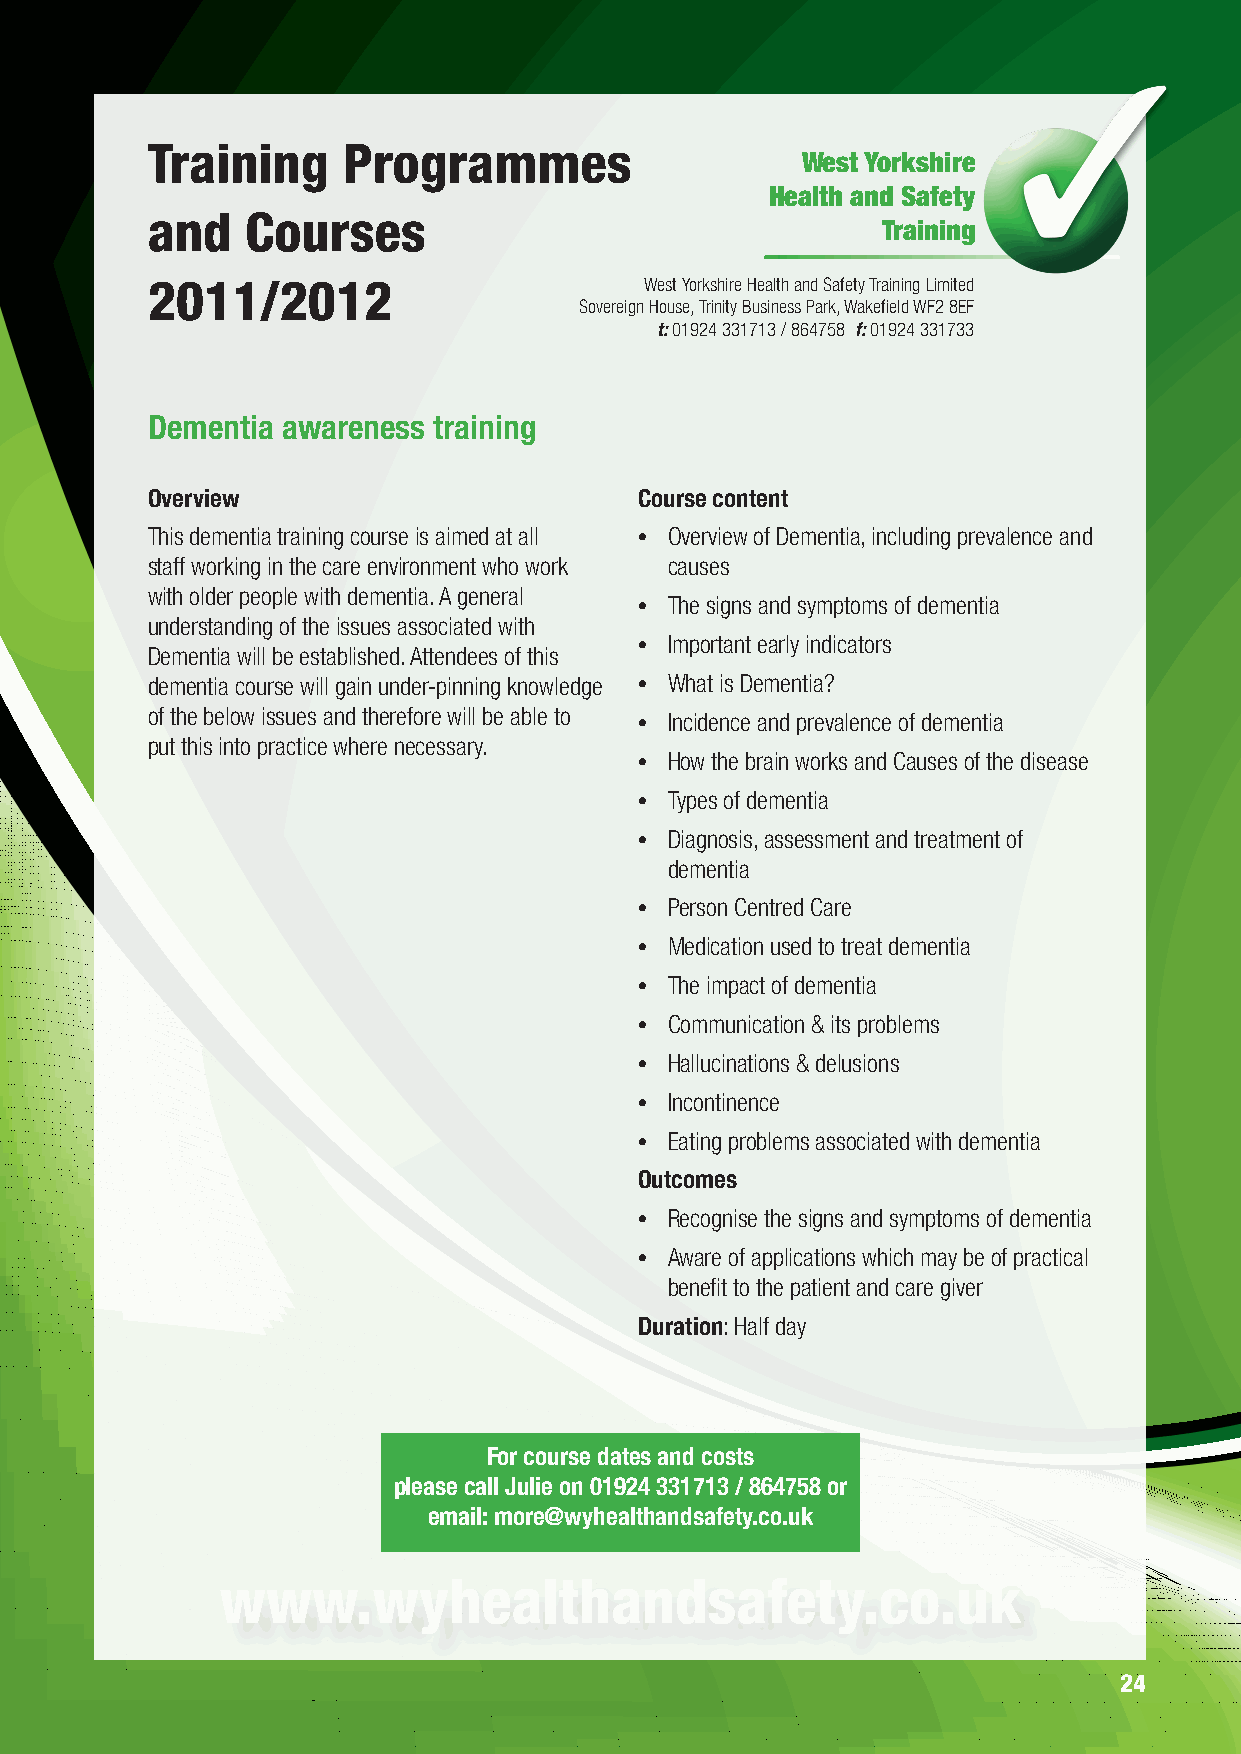
Training     Programmes
 West Yorkshire
 Health and Safety
 and   Courses
 Training
 2011/2012                        West Yorkshire Health and Safety Training Limited
 Sovereign House, Trinity Business Park, Wakefield WF2 8EF
 t: 01924 331713 / 864758 f: 01924 331733
 Dementia awareness training
 Overview                        Course content
 This dementia training course is aimed at all • Overview of Dementia, including prevalence and
 staff working in the care environment who work causes
 with older people with dementia. A general
 • The signs and symptoms of dementia
 understanding of the issues associated with
 • Important early indicators
 Dementia will be established. Attendees of this
 dementia course will gain under-pinning knowledge • What is Dementia?
 of the below issues and therefore will be able to • Incidence and prevalence of dementia
 put this into practice where necessary.
 • How the brain works and Causes of the disease
 • Types of dementia
 • Diagnosis, assessment and treatment of
 dementia
 • Person Centred Care
 • Medication used to treat dementia
 • The impact of dementia
 • Communication & its problems
 • Hallucinations & delusions
 • Incontinence
 • Eating problems associated with dementia
 Outcomes
 • Recognise the signs and symptoms of dementia
 • Aware of applications which may be of practical
 benefit to the patient and care giver
 Duration: Half day
 For course dates and costs
 please call Julie on 01924 331713 / 864758 or
 email: more@wyhealthandsafety.co.uk
 www.wyhealthandsafety.co.uk
 24